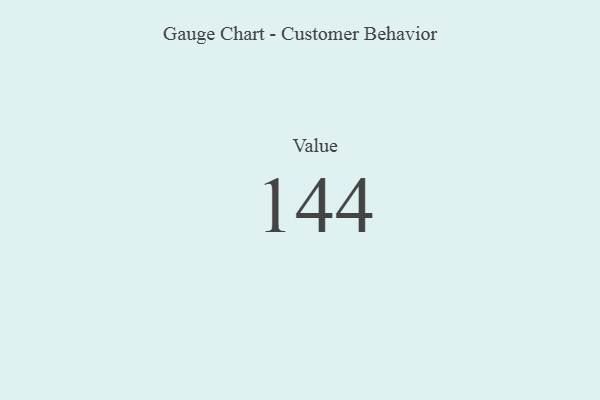
{"axis": {"x": "Metric", "y": "Value"}, "legend": [""], "data": [{"x": "Value", "y": 144, "type": ""}]}